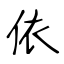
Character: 依